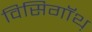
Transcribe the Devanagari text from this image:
विसिगॉथ़